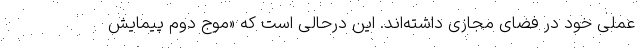
عملی خود در فضای مجازی داشته‌اند. این درحالی است که «موج دوم پیمایش